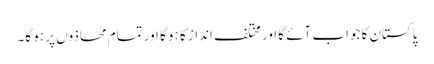
پاکستان کا جواب آئے گا اور مختلف انداز کا ہو گا اور تمام محاذوں پر ہو گا۔